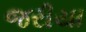
જરીયા